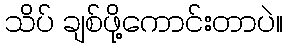
သိပ် ချစ်ဖို့ကောင်းတာပဲ။